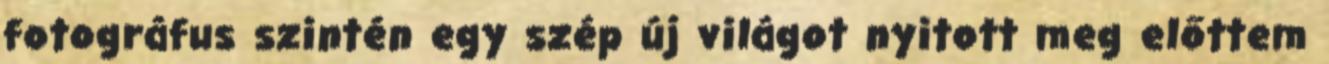
fotográfus szintén egy szép új világot nyitott meg előttem